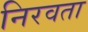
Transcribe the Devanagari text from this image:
निरवता